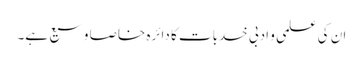
ان کی علمی و ادبی خدبات کا دائرہ خاصا وسیع ہے۔